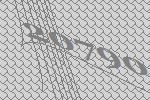
20790